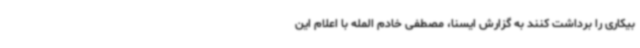
بیکاری را برداشت کنند به گزارش ایسنا، مصطفی خادم المله با اعلام این